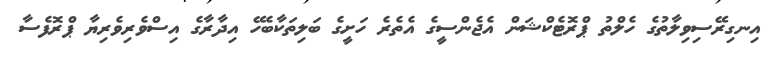
އިނގިރޭސިވިލާތުގެ ހެލްތު ޕްރޮޓެކްޝަން އެޖެންސީގެ އެތެރެ ހަށީގެ ބަލިތަކާބެހޭ އިދާރާގެ އިސްވެރިވެރިޔާ ޕްރޮފެސާ